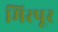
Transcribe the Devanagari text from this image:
मिरपूर